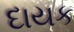
દાયક